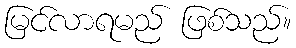
မြင်လာရမည် ဖြစ်သည်။